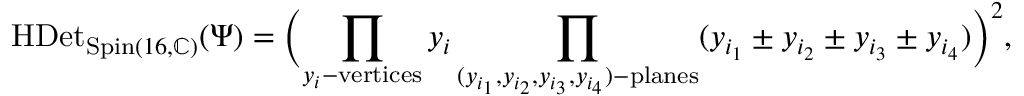
\mathrm { H D e t } _ { \operatorname { S p i n } ( 1 6 , \mathbb { C } ) } ( \Psi ) = \Bigl ( \prod _ { y _ { i } \mathrm { - v e r t i c e s } } y _ { i } \prod _ { ( y _ { i _ { 1 } } , y _ { i _ { 2 } } , y _ { i _ { 3 } } , y _ { i _ { 4 } } ) \mathrm { - p l a n e s } } ( y _ { i _ { 1 } } \pm y _ { i _ { 2 } } \pm y _ { i _ { 3 } } \pm y _ { i _ { 4 } } ) \Bigr ) ^ { 2 } ,